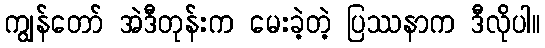
ကျွန်တော် အဲဒီတုန်းက မေးခဲ့တဲ့ ပြဿနာက ဒီလိုပါ။